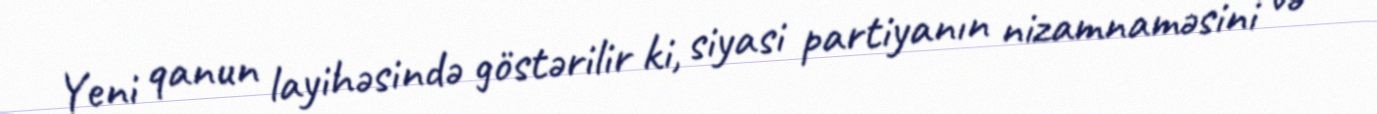
Yeni qanun layihəsində göstərilir ki, siyasi partiyanın nizamnaməsini və